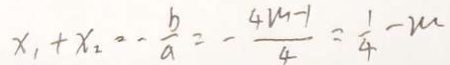
x _ { 1 } + x _ { 2 } = - \frac { b } { a } = - \frac { 4 m - 1 } { 4 } = \frac { 1 } { 4 } - m